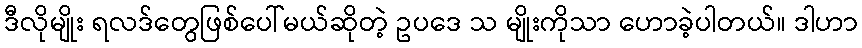
ဒီလိုမျိုး ရလဒ်တွေဖြစ်ပေါ်မယ်ဆိုတဲ့ ဥပဒေ သ မျိုးကိုသာ ဟောခဲ့ပါတယ်။ ဒါဟာ